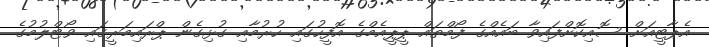
އެޕާޓީއަށް ސޮއިކޮށްފައިވާ ބައެއްގެ ފޯމްތައް ޕީޕީއެމްގެ އޮފީހުގައި ހުރުމާއި ގުޅިގެން ޕްރައިމަރީގައި ވޯޓްލުމުގެ